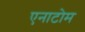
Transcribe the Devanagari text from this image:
एनाटोम